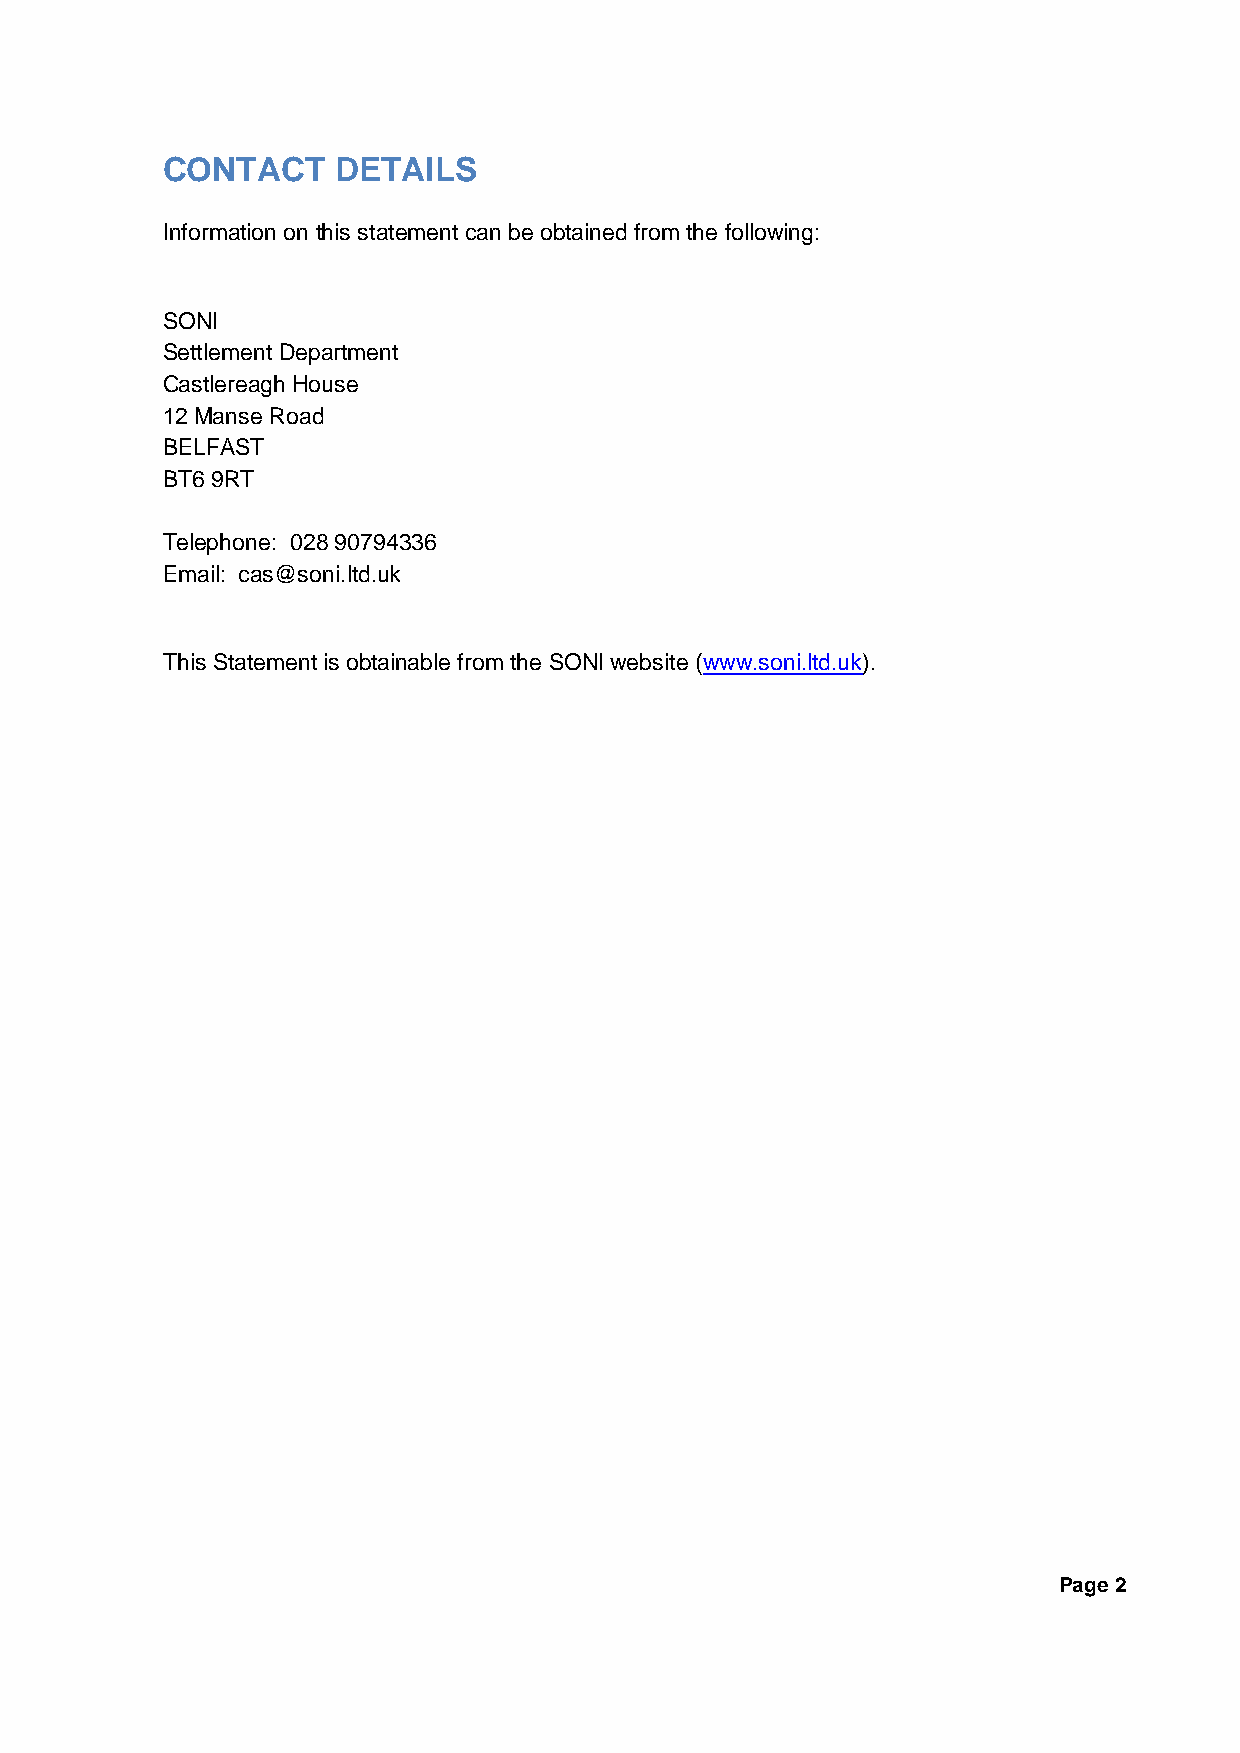
CONTACT    DETAILS
 Information on this statement can be obtained from the following:
 SONI
 Settlement Department
 Castlereagh House
 12 Manse Road
 BELFAST
 BT6 9RT
 Telephone: 028 90794336
 Email: cas@soni.ltd.uk
 This Statement is obtainable from the SONI website (www.soni.ltd.uk).
 Page 2